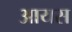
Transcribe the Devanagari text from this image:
आयस